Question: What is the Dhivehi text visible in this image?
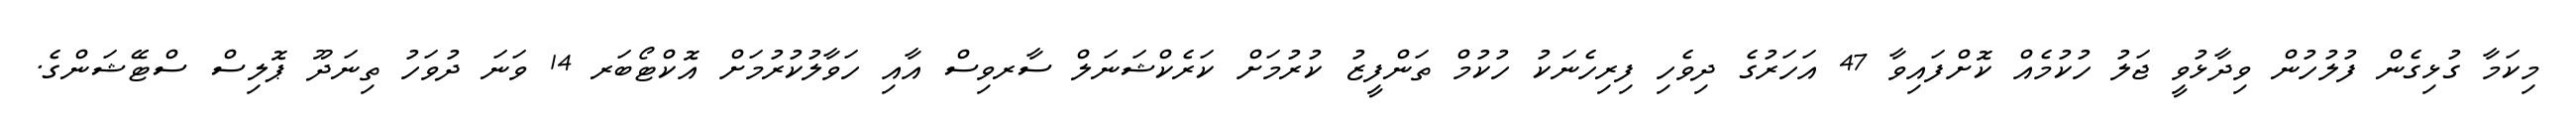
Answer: މިކަމާ ގުޅިގެން ފުލުހުން ވިދާޅުވީ ޖަލު ހުކުމެއް ކޮށްފައިވާ 47 އަހަރުގެ ދިވެހި ފިރިހެނަކު ހުކުމް ތަންފީޒު ކުރުމަށް ކަރެކްޝަނަލް ސާރވިސް އާއި ހަވާލުކުރުމަށް އޮކްޓޯބަރ 14 ވަނަ ދުވަހު ތިނަދޫ ޕޮލިސް ސްޓޭޝަންގެ.